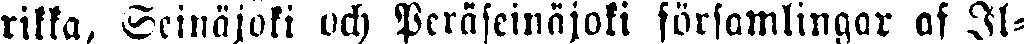
rikka, Seinäjoki och Peräseinäjoki församlingar af Il-